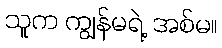
သူက ကျွန်မရဲ့ အစ်မ။